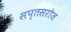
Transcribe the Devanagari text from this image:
सप्तसरोज